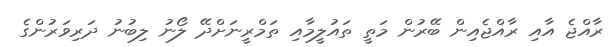
ރާއްޖެ އާއި ރާއްޖެއިން ބޭރުން މަތީ ތައުލީމާއި ތަމްރީނަށްދޭ ލޯނު ލިބުނު ދަރިވަރުންގެ